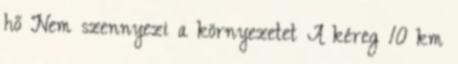
hő Nem szennyezi a környezetet A kéreg 10 km